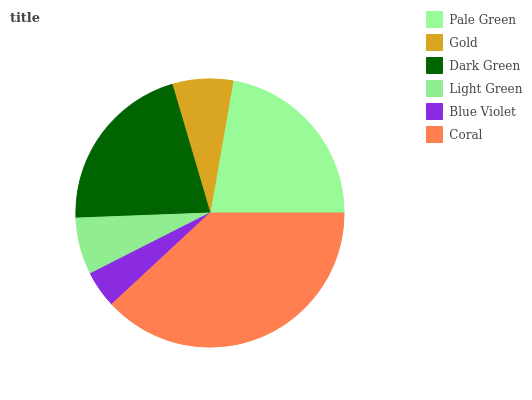
| Pale Green | Gold | Dark Green | Light Green | Blue Violet | Coral |
 | --- | --- | --- | --- | --- | --- |
 | 22.3% | 7.29% | 21% | 6.86% | 4.46% | 38.1% |